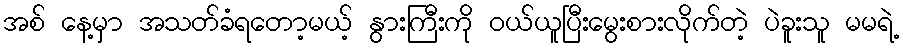
အစ် နေ့မှာ အသတ်ခံရတော့မယ့် နွားကြီးကို ဝယ်ယူပြီးမွေးစားလိုက်တဲ့ ပဲခူးသူ မမရဲ့